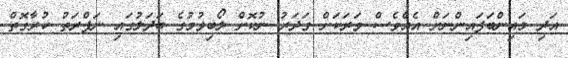
އަދި މައިންބަފައިންނަށް އެއްވެސް ވަރަކަށް ގަދަރު ނުކޮށް ލޯބިވުމުގެ ބަދަލުގައި ނަފްރަތު ކުރާގޮތް